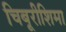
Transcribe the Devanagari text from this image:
चिबूरीशिमा